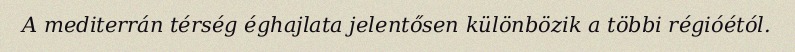
A mediterrán térség éghajlata jelentősen különbözik a többi régióétól.